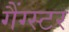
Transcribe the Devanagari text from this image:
गैंग्‍स्‍टर